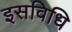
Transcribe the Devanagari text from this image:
इसविधि